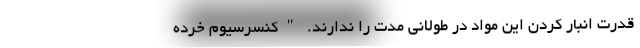
قدرت انبار کردن این مواد در طولانی مدت را ندارند. "کنسرسیوم خرده